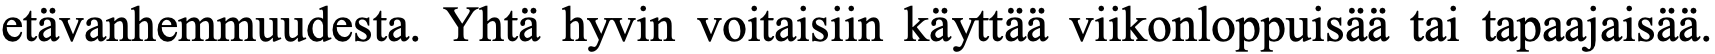
etävanhemmuudesta. Yhtä hyvin voitaisiin käyttää viikonloppuisää tai tapaajaisää.